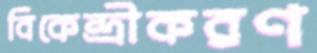
বিকেন্দ্রীকরণ